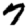
Digit: 7